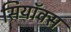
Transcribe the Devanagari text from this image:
सियॉक्स